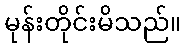
မုန်းတိုင်းမိသည်။